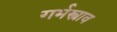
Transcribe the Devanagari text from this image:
गर्भस्त्राव